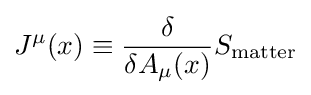
J^{\mu }(x)\equiv {\frac {\delta }{\delta A_{\mu }(x)}}S_{\mathrm {matter} }